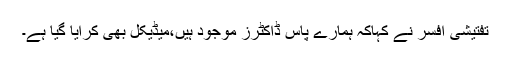
تفتیشی افسر نے کہاکہ ہمارے پاس ڈاکٹرز موجود ہیں،میڈیکل بھی کرایا گیا ہے۔